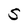
Character: S